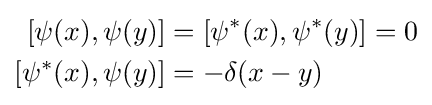
{\begin{aligned}{}[\psi (x),\psi (y)]&=[\psi ^{*}(x),\psi ^{*}(y)]=0\\{}[\psi ^{*}(x),\psi (y)]&=-\delta (x-y)\end{aligned}}